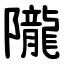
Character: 隴